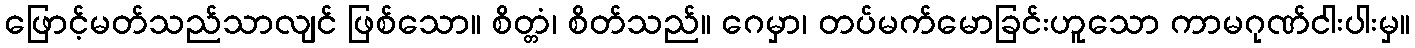
ဖြောင့်မတ်သည်သာလျင် ဖြစ်သော။ စိတ္တံ၊ စိတ်သည်။ ဂေမှာ၊ တပ်မက်မောခြင်းဟူသော ကာမဂုဏ်ငါးပါးမှ။